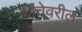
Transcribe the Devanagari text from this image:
कांचेवरील